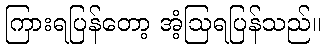
ကြားရပြန်တော့ အံ့ဩရပြန်သည်။